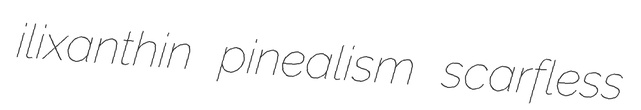
ilixanthin pinealism scarfless